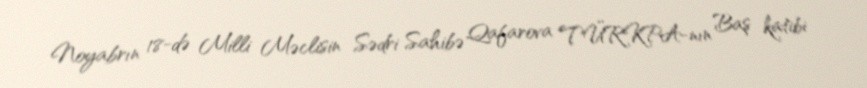
Noyabrın 18-də Milli Məclisin Sədri Sahibə Qafarova TÜRKPA-nın Baş katibi